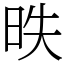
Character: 昳